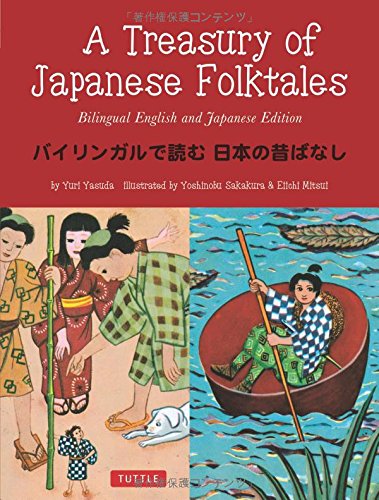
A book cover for A Treasury of Japanese Folktales: Bilingual English and Japanese Edition; Yuri Yasuda; Children's Books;